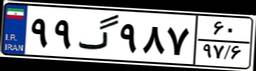
۹۹گ۹۸۷۶۰